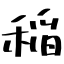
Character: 稲